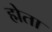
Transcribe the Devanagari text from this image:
ह्मेता